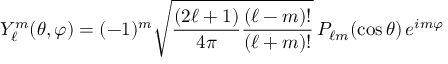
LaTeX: Y _ { \ell } ^ { m } ( \theta , \varphi ) = ( - 1 ) ^ { m } { \sqrt { { \frac { ( 2 \ell + 1 ) } { 4 \pi } } { \frac { ( \ell - m ) ! } { ( \ell + m ) ! } } } } \, P _ { \ell m } ( \cos { \theta } ) \, e ^ { i m \varphi }